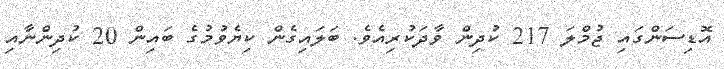
އޮޑިސަންގައި ޖުމްލަ 217 ކުދިން ވާދަކުރިއެވެ. ބަލައިގެން ކިޔެވުމުގެ ބައިން 20 ކުދިންނާއި